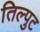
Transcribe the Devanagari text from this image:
तिल्पुट